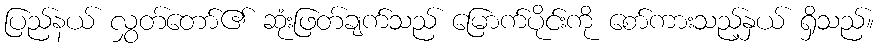
ပြည်နယ် လွှတ်တော်၏ ဆုံးဖြတ်ချက်သည် မြောက်ပိုင်းကို စော်ကားသည့်နှယ် ရှိသည်။